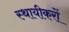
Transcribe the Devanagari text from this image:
स्थायीकरों